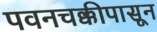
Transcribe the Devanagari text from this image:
पवनचक्कीपासून